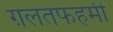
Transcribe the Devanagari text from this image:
ग़लतफहमी